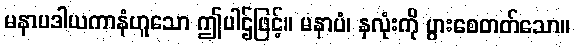
မနာပဒါယကာနံဟူသော ဤပါဌ်ဖြင့်။ မနာပံ၊ နှလုံးကို ပွားစေတတ်သော။